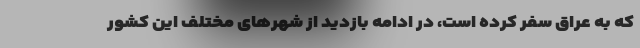
که به عراق سفر کرده است، در ادامه بازدید از شهرهای مختلف این کشور